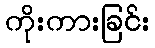
ကိုးကားခြင်း